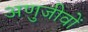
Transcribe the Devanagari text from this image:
अणुजीवों